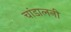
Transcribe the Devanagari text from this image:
चांडालनी